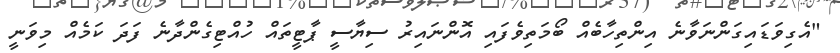
"އެގިވަޑައިގަންނަވާނެ އިންތިހާބެއް ބޯމަތިވެފައި އޮންނައިރު ސިޔާސީ ޕާޓީތައް ހުއްޓިގެންދާނެ ފަދަ ކަމެއް މިވަނީ